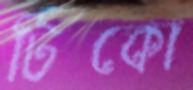
টিকো